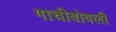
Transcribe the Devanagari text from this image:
गाचीबोवली